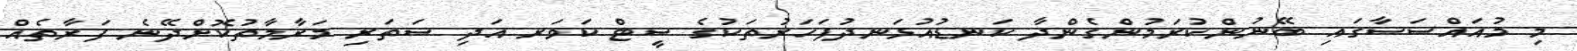
މި މުއައްސަސާގައި ބޭނުންކުރަމުންގެންދާ ކަނޑުއުޅަނދުފަހަރުތަކުގެ ސީޓް ކަވަރ އަދި ސަތަރި މަރާމާތުކޮށްދޭނެ ފަރާތެއް